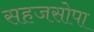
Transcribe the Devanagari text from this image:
सहजसोपा